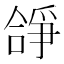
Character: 𠎈